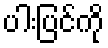
ပါးပြင်ကို